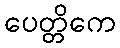
ပေတ္တိကေ